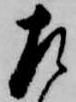
左